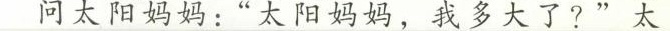
问太阳妈妈:“太阳妈妈，我多大了?”太